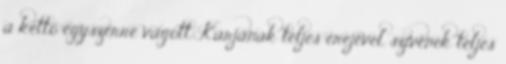
a kettő egyszerre vágott. Karjának teljes erejével, szívének teljes